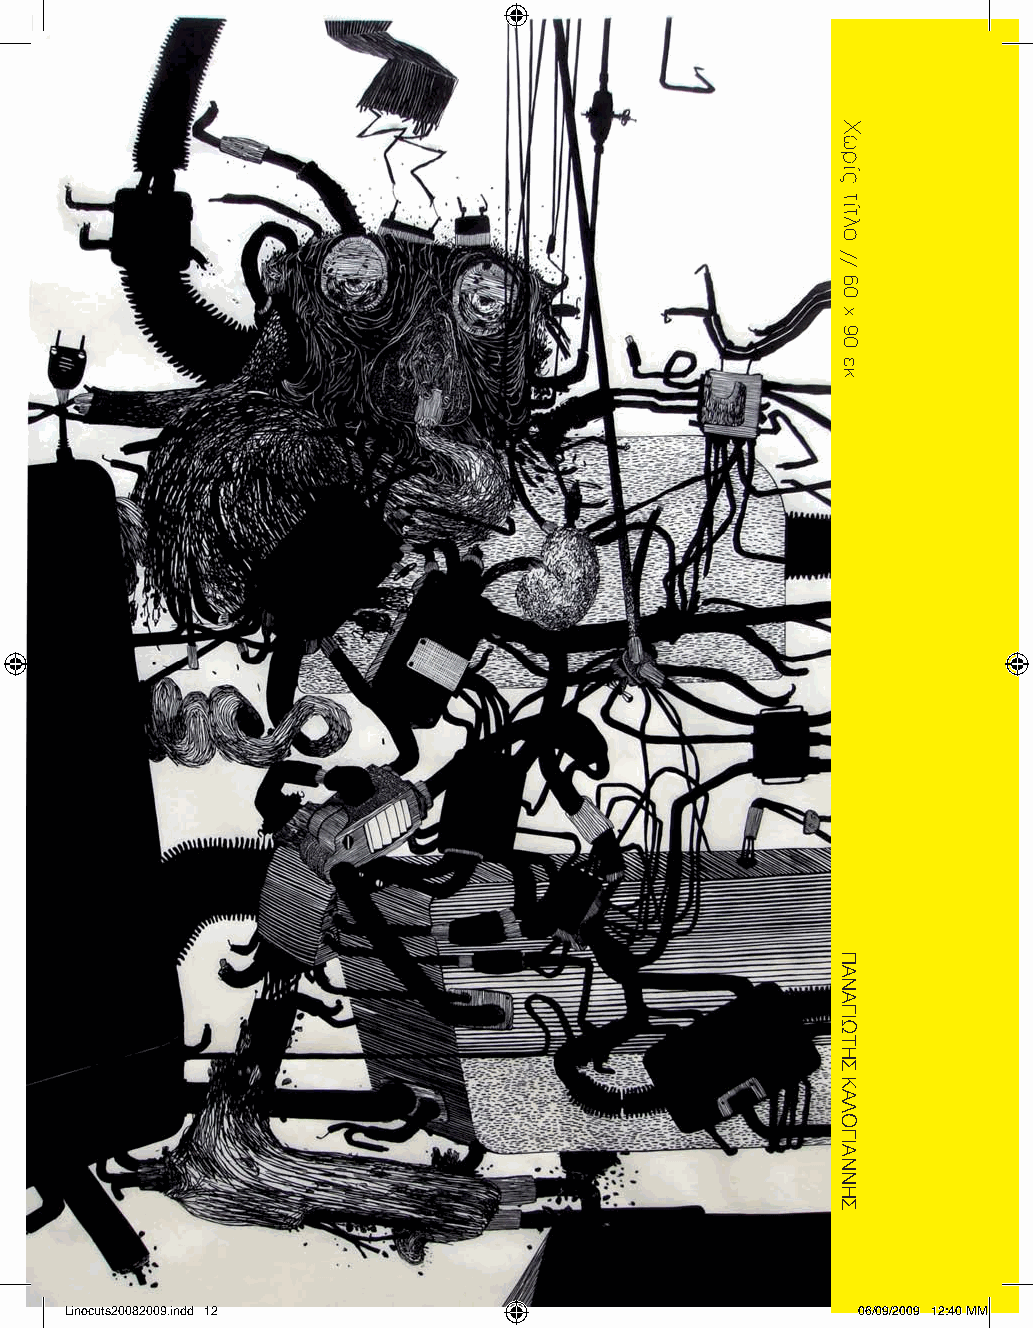
Linocuts20082009.indd 12                             06/09/2009 12:40 ΜΜ
 Χωρίς
 τίτλο
 //
 60
 x
 90
 εκ.
 ΠΑΝΑΓΙΩΤΗΣ
 ΚΑΛΟΓΙΑΝΝΗΣ